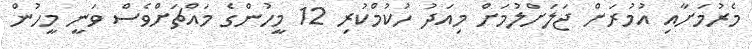
މެރުމަށާއި އުމުރަށް ޖަލަށްލުމަށް މިއަދު ހުކުމްކުރި 12 މީހުންގެ މައްޗަށްވެސް ވަނީ މީހުން